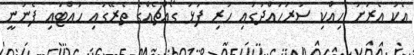
އެކު އެރަށު ހިއްކި ސަރަހައްދުގައި ހުރި ފަޅު ގޯއްޗެއްގެ ތެރޭގައި ހުއްޓައި ފެނުނީ